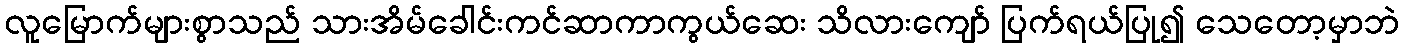
လူမြောက်များစွာသည် သားအိမ်ခေါင်းကင်ဆာကာကွယ်ဆေး သိလားကျော် ပြက်ရယ်ပြု၍ သေတော့မှာဘဲ